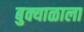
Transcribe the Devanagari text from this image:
बुक्याळाला